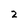
Character: 2